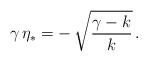
LaTeX: \begin{align*}\gamma \, \eta_* = - \, \sqrt{\frac{\gamma - k}{k}} \,.\end{align*}